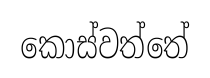
කොස්වත්තේ